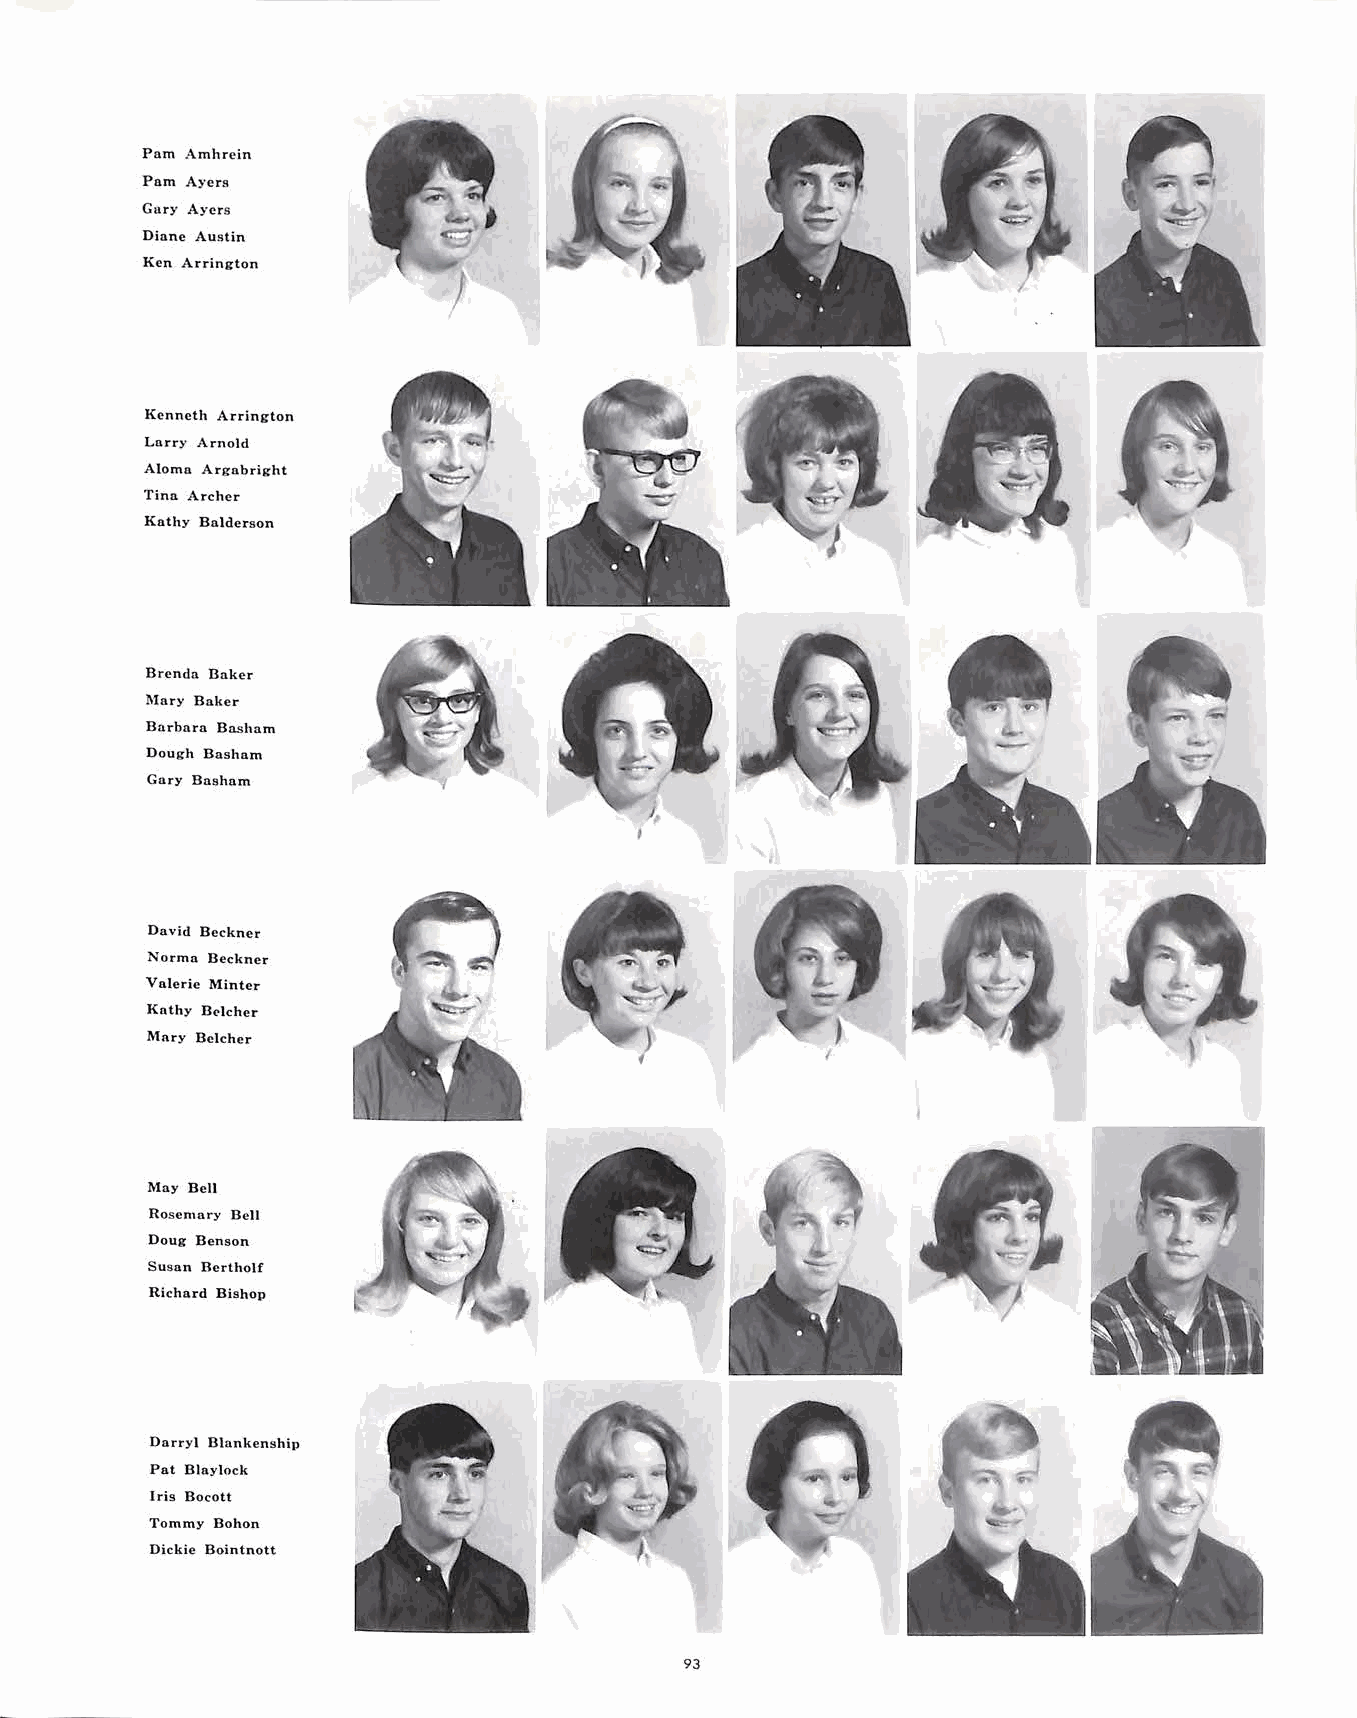
Pam Amhrein
 Pam Ayers
 Gury Ayers
 Diane Austin
 Ken Arrington
 Kenneth Arrington
 Larry Arnold
 Alomn Argabright
 Tinn Archer
 Kathy Balderson
 Brenda Baker
 Mary Baker
 Barbara Basham
 Dough Basham
 Gary Basham
 David Beckner
 Norma Beckner
 Valerie Minter
 Kathy Il~lcher
 Mary Belcher
 May Ben
 Rosemary Bell
 Doug Benson
 Susan Bertholf
 Richard Bishop
 Darryl Blankenship
 Pat Blaylock
 Iris Bocott
 Tommy Bohon
 Dickie Bointnott
 93